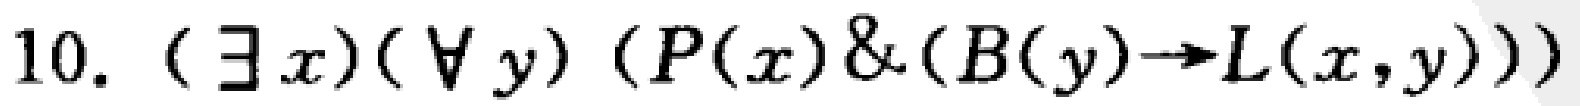
10. $(\exists x)(\forall y)(P(x)\&(B(y)\to L(x,y)))$